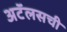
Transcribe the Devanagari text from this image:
अटॅलसची